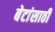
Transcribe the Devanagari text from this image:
बेटांसाठी